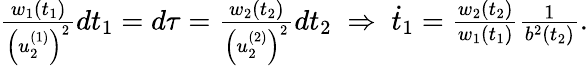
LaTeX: \begin{array}{r}{\frac{w_{1}(t_{1})}{\left(u_{2}^{(1)}\right)^{2}}dt_{1}=d\tau=\frac{w_{2}(t_{2})}{\left(u_{2}^{(2)}\right)^{2}}dt_{2}\; \Rightarrow\; \dot{t}_{1}=\frac{w_{2}(t_{2})}{w_{1}(t_{1})}\frac{1}{b^{2}(t_{2})}.}\end{array}